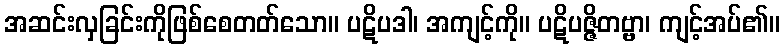
အဆင်းလှခြင်းကိုဖြစ်စေတတ်သော။ ပဋိပဒါ၊ အကျင့်ကို။ ပဋိပဇ္ဇိတဗ္ဗာ၊ ကျင့်အပ်၏။